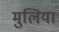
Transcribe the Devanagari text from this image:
मुलिया